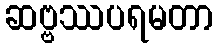
ဆဗ္ဗဿပရမတာ